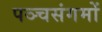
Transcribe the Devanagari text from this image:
पञ्चसंगमों